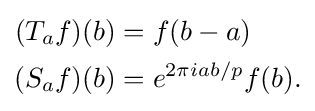
{\begin{aligned}(T_{a}f)(b)&=f(b-a)\\(S_{a}f)(b)&=e^{2\pi iab/p}f(b).\end{aligned}}